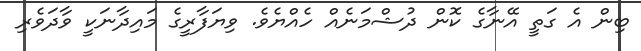
ބިން އެ ގަތީ އޭނާގެ ކޮން ދުޝްމަނެއް ހެއްޔެވެ. ވިޔަފާރީގެ މައިދާނަކީ ވާދަވެރި